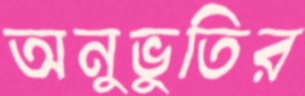
অনুভুতির